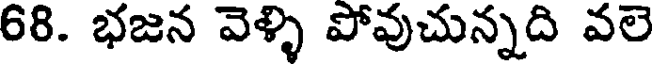
68. భజన వెళ్ళి పోవుచున్నది వలె